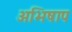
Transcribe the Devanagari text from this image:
अभिषाप